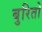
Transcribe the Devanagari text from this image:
बुरितो